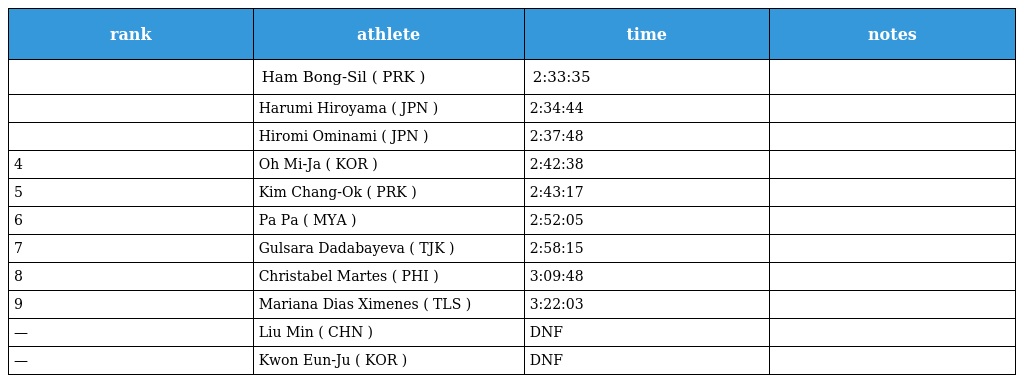
| rank | athlete | time | notes |
 | --- | --- | --- | --- |
 |  | Ham Bong-Sil ( PRK ) | 2:33:35 |  |
 |  | Harumi Hiroyama ( JPN ) | 2:34:44 |  |
 |  | Hiromi Ominami ( JPN ) | 2:37:48 |  |
 | 4 | Oh Mi-Ja ( KOR ) | 2:42:38 |  |
 | 5 | Kim Chang-Ok ( PRK ) | 2:43:17 |  |
 | 6 | Pa Pa ( MYA ) | 2:52:05 |  |
 | 7 | Gulsara Dadabayeva ( TJK ) | 2:58:15 |  |
 | 8 | Christabel Martes ( PHI ) | 3:09:48 |  |
 | 9 | Mariana Dias Ximenes ( TLS ) | 3:22:03 |  |
 | — | Liu Min ( CHN ) | DNF |  |
 | — | Kwon Eun-Ju ( KOR ) | DNF |  |